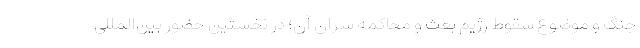
جنگ و موضوع سقوط رژیم بعث و محاكمه سران آن؛ در نخستین حضور بین‌المللی